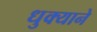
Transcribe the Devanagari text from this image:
धुक्याने